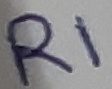
Text: R1